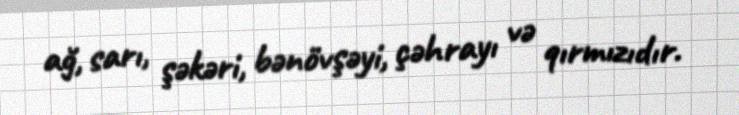
ağ, sarı, şəkəri, bənövşəyi, çəhrayı və qırmızıdır.